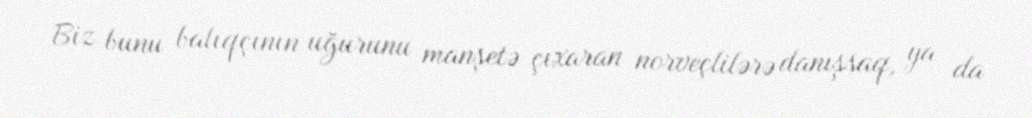
Biz bunu balıqçının uğurunu manşetə çıxaran norveçlilərə danışsaq, ya da